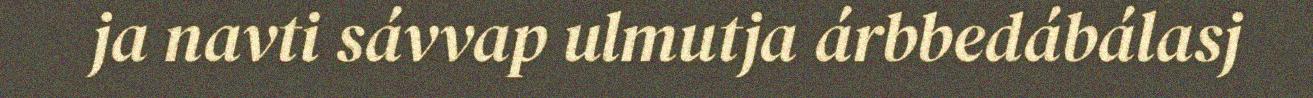
ja navti sávvap ulmutja árbbedábálasj